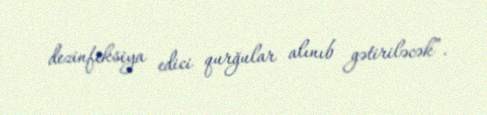
dezinfeksiya edici qurğular alınıb gətiriləcək”.